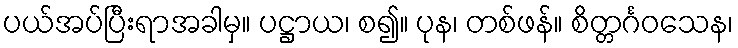
ပယ်အပ်ပြီးရာအခါမှ။ ပဋ္ဌာယ၊ စ၍။ ပုန၊ တစ်ဖန်။ စိတ္တင်္ဂဝသေန၊